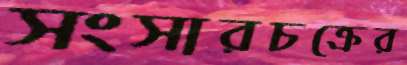
সংসারচক্রের